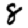
Digit: 8